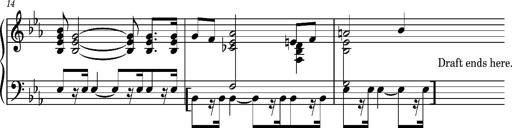
Title: 2 Sketches from 1829, S.692p
Composer: Franz Liszt
Key: B minor
 E flat major